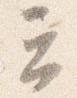
云